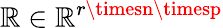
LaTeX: \mathbb{R}\in\mathbb{{\mathbb{R}}}^{r\timesn\timesp}